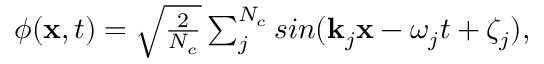
\begin{array} { r } { \phi ( \mathbf { x } , t ) = \sqrt { \frac { 2 } { N _ { c } } } \sum _ { j } ^ { N _ { c } } s i n ( \mathbf { k } _ { j } \mathbf { x } - \omega _ { j } t + \zeta _ { j } ) , } \end{array}